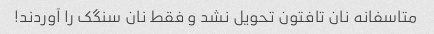
متاسفانه نان تافتون تحویل نشد و فقط نان سنگک را آوردند!